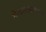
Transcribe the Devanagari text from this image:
मेखलाधारण।